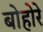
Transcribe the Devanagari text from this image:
बोहोरे